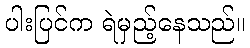
ပါးပြင်က ရဲမှည့်နေသည်။